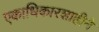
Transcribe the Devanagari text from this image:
एकाधिकारशाहीने